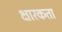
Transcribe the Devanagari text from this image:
क्षारकता